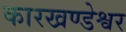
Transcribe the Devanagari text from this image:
कारखण्डेश्वर